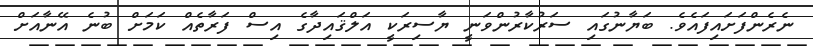
ނެރެންފަށައިފައެވެ. ބަޔާނުގައި ސަރުކާރުންވަނީ ޔާސިރަކީ އަލްޤައިދާގެ އިސް ފަރާތެއް ކަމަށް ބުނެ އޭނާއަށް